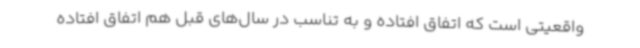
واقعیتی است که اتفاق افتاده و به تناسب در سال‌های قبل هم اتفاق افتاده